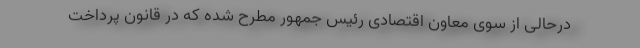
درحالی از سوی معاون اقتصادی رئیس جمهور مطرح شده که در قانون پرداخت